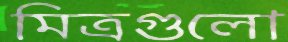
মিত্রগুলো